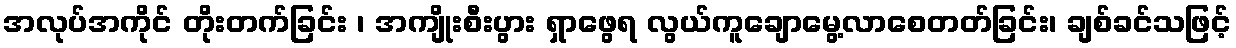
အလုပ်အကိုင် တိုးတက်ခြင်း ၊ အကျိုးစီးပွား ရှာဖွေရ လွယ်ကူချောမွေ့လာစေတတ်ခြင်း၊ ချစ်ခင်သဖြင့်